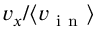
v _ { x } / \langle v _ { \mathrm { ~ i ~ n ~ } } \rangle